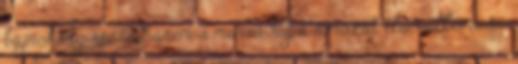
bajnokság része, hanem a murva kupa sorozat első állomása.